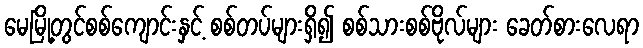
မေမြို့တွင်စစ်ကျောင်းနှင့် စစ်တပ်များရှိ၍ စစ်သားစစ်ဗိုလ်များ ခေတ်စားလေရာ